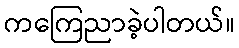
ကကြေညာခဲ့ပါတယ်။